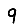
Digit: 9